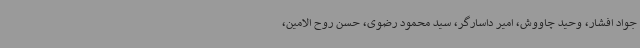
جواد افشار، وحید چاووش، امیر داسارگر، سید محمود رضوی، حسن روح الامین،